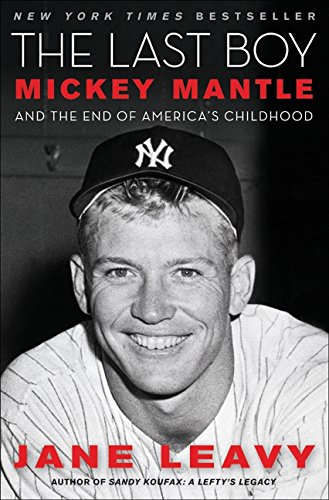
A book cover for The Last Boy: Mickey Mantle and the End of America's Childhood; Jane Leavy; Sports & Outdoors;